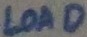
Text: LOAD